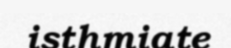
isthmiate